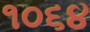
૧૦૬૪